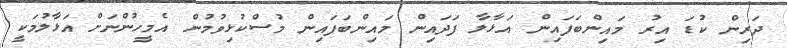
ދަރިން ކުޑަ އިރު މައިންބަފައިން އަޅާލާ ފަދައިން މައިންބަފައިން މުސްކުޅިވުމުން އެމީހުންނަށް އަޅާލުމަކީ